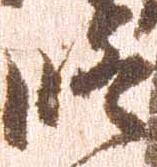
修